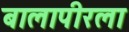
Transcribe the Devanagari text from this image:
बालापीरला